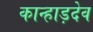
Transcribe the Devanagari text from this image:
कान्हाड़देव